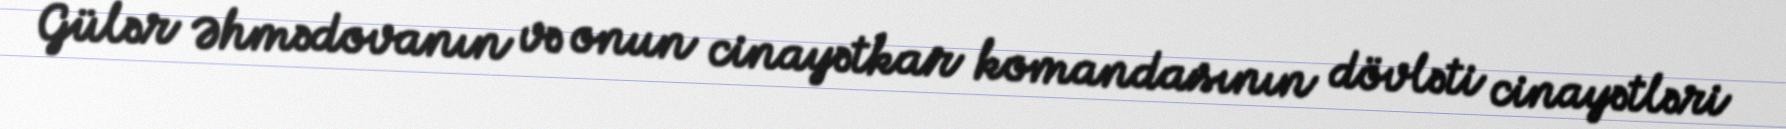
Gülər Əhmədovanın və onun cinayətkar komandasının dövləti cinayətləri